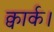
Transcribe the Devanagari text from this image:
क्वार्क।